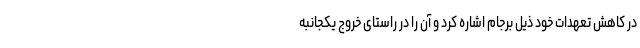
در کاهش تعهدات خود ذیل برجام اشاره کرد و آن را در راستای خروج یکجانبه